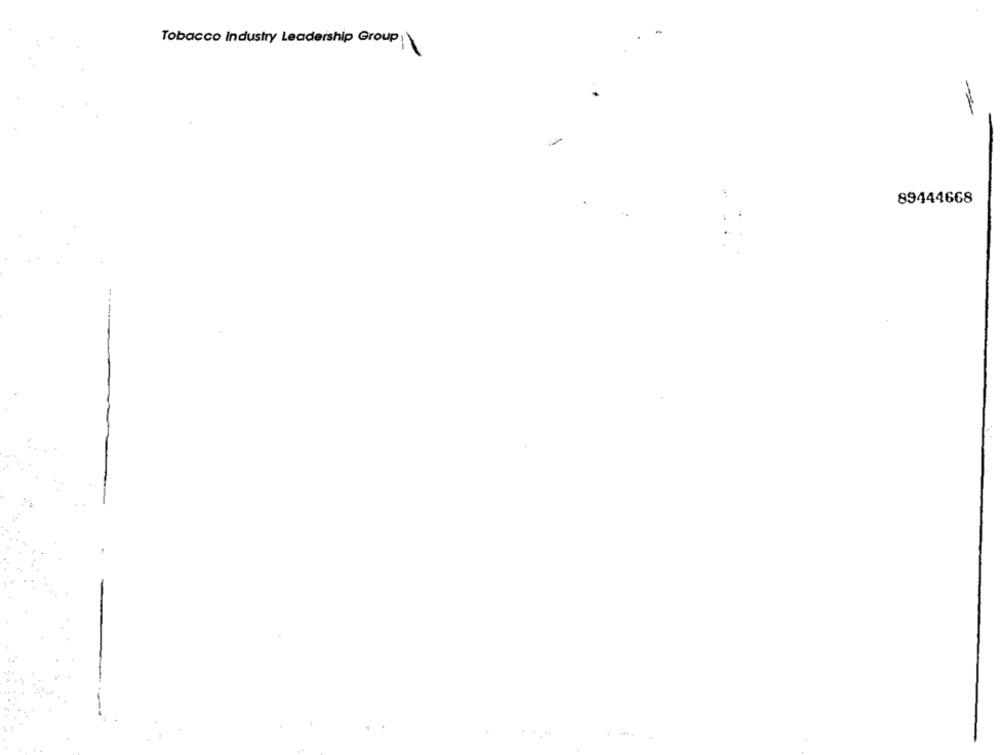
Tobacco Industry Leadership Group:\
-
89444668